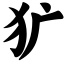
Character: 犷